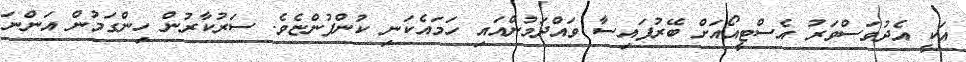
އަކީ އެދުވަސްވަރު އެސްޓީއޯއަށް ބޭރުފައިސާ ވައްދަމުންއައި ހަމައެކަނި ކުންފުންޏެވެ. ސަރުކާރުން ހިންގަމުން އަންނަ